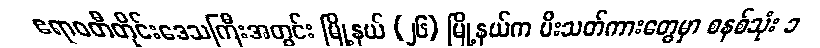
ဧရာဝတီတိုင်းဒေသကြီးအတွင်း မြို့နယ် (၂၆) မြို့နယ်က မီးသတ်ကားတွေမှာ စနစ်သုံး ၁